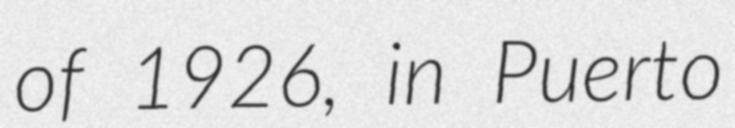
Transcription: of 1926, in Puerto